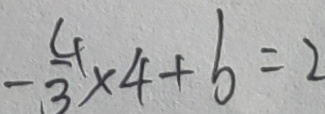
- \frac { 4 } { 3 } \times 4 + b = 2